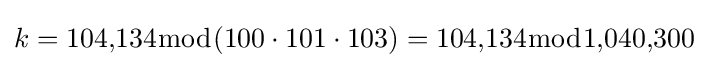
k=104{,}134{\bmod {(}}100\cdot 101\cdot 103)=104{,}134{\bmod {1}}{,}040{,}300